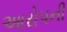
આરોપની